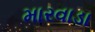
મારવાડા